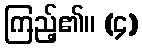
ကြည့်၏။ (၄)